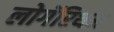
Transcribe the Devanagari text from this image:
लोगॅरिथम